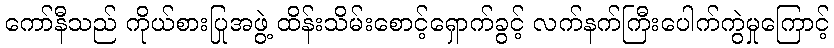
ကော်နီသည် ကိုယ်စားပြုအဖွဲ့ ထိန်းသိမ်းစောင့်ရှောက်ခွင့် လက်နက်ကြီးပေါက်ကွဲမှုကြောင့်